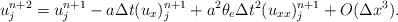
LaTeX: \begin{align*}u^{n+2}_j = u^{n+1}_j - a \Delta t (u_x)^{n+1}_j + a^2 \theta_e \Delta t^2 (u_{xx})^{n+1}_j + O(\Delta x^3). \end{align*}